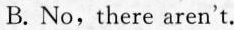
B.No, there aren't.